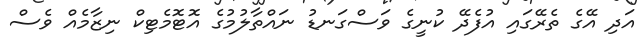
އަދި އޭގެ ތެރޭގައި އުފެދޭ ކުނީގެ ވަސްގަނޑު ނައްތާލުމުގެ އޮޓޮމެޓިކް ނިޒާމެއް ވެސް